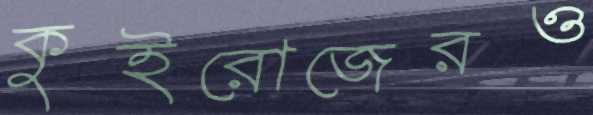
কুইরোজেরও